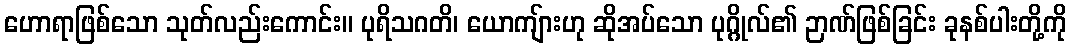
ဟောရာဖြစ်သော သုတ်လည်းကောင်း။ ပုရိသဂတိ၊ ယောကျ်ားဟု ဆိုအပ်သော ပုဂ္ဂိုလ်၏ ဉာဏ်ဖြစ်ခြင်း ခုနစ်ပါးတို့ကို